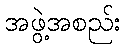
အဖွဲ့အစည်း